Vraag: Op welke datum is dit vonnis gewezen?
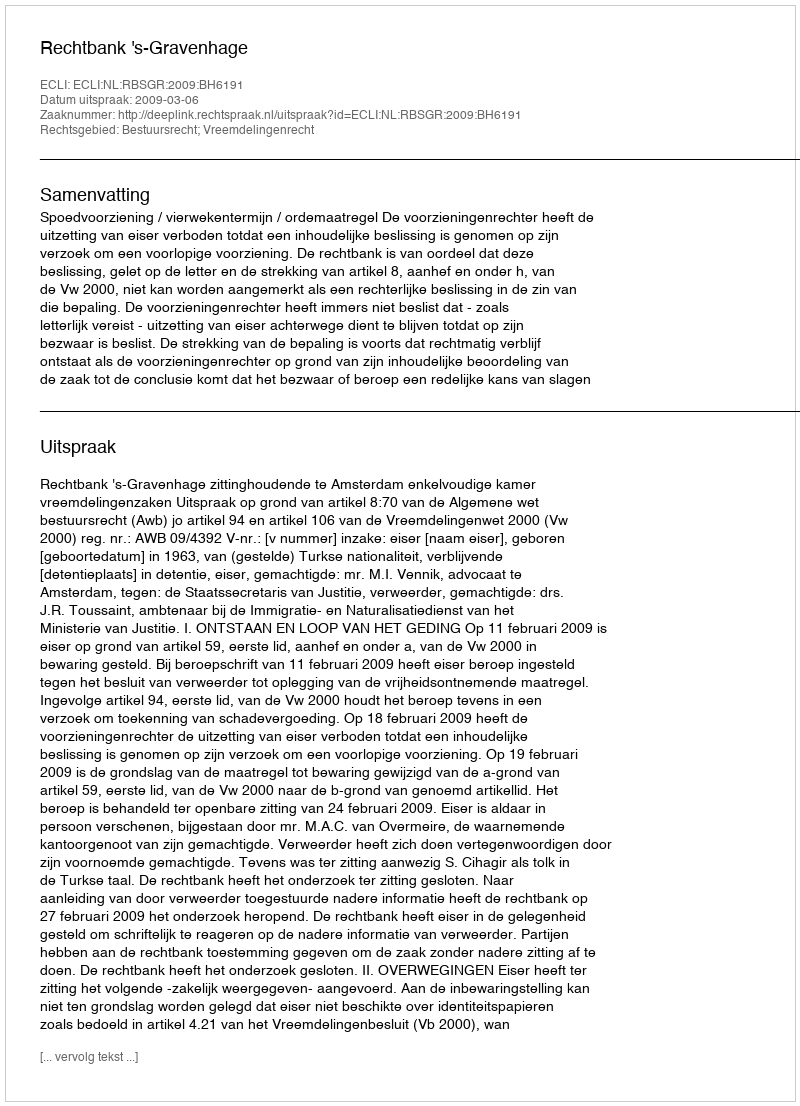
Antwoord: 2009-03-06